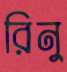
রিনু